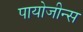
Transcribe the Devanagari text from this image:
पायोजीन्स